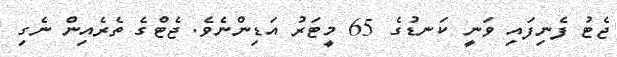
ޖެޓު ފެނިފައި ވަނީ ކަނޑުގެ 65 މީޓަރު އަޑިންނެވެ. ޖެޓްގެ ތެރެއިން ނެގި